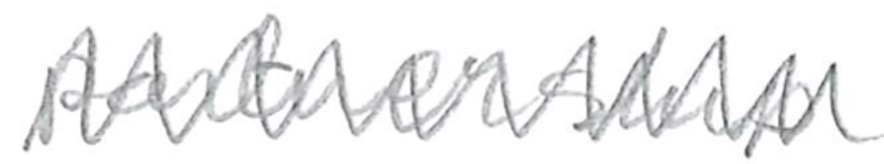
Text: partnership
Cross-out: zig-zag
Writing tool: pencil